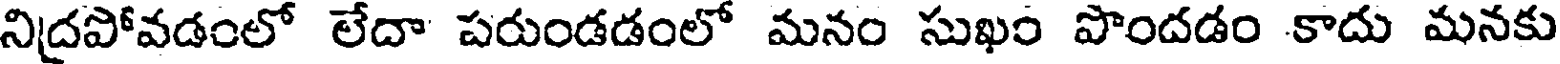
నిదపోవడంలో లేదా పరుండడంలో మనం సుఖం పొందడం కాదు మనకు